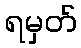
ရမှတ်